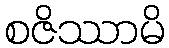
စဇိဿာမိ